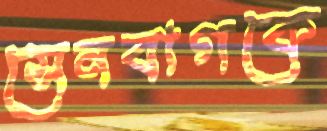
সেনবাগকে